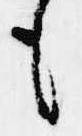
も